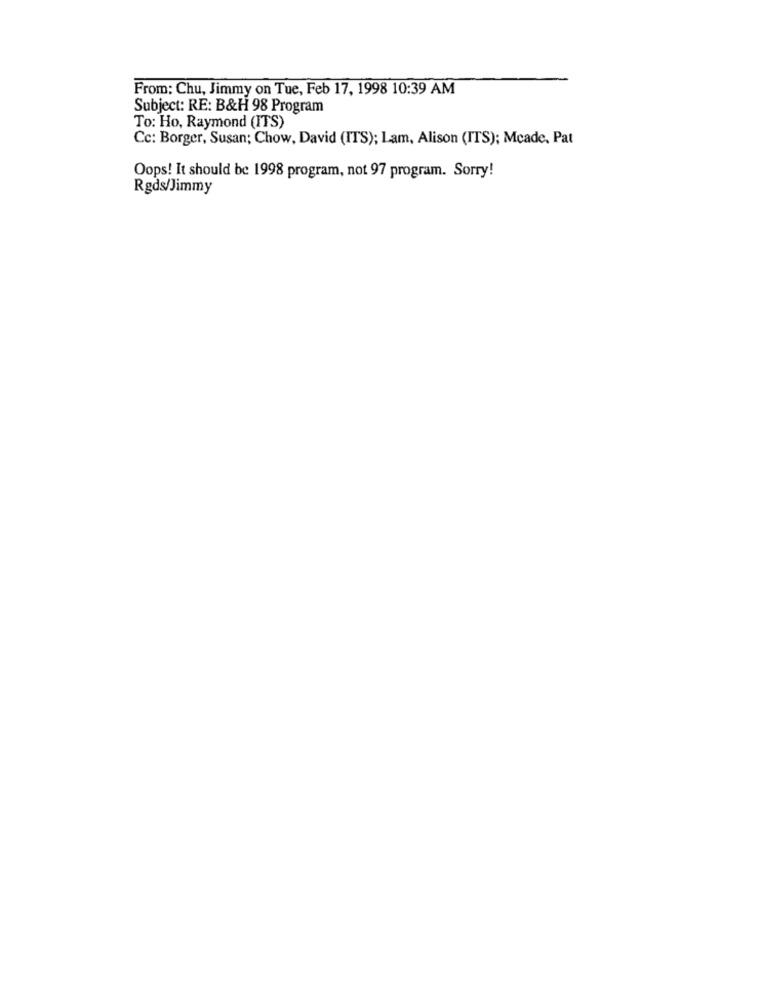
From: Chu, Jimmy on Tue, Feb 17, 1998 10:39 AM
Subject: RE: B&H 98 Program
To: Ho, Raymond (ITS)
Cc: Borger, Susan; Chow, David (ITS); Lam, Alison (ITS); Mcade, Pat
Oops! It should be 1998 program, not 97 program. Sorry!
Rgds/Jimmy